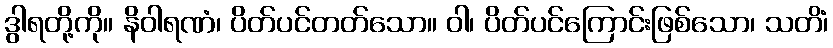
ဒွါရတို့ကို။ နိဝါရဏံ၊ ပိတ်ပင်တတ်သော။ ဝါ၊ ပိတ်ပင်ကြောင်းဖြစ်သော၊ သတိံ၊